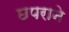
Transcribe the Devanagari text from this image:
छपराने